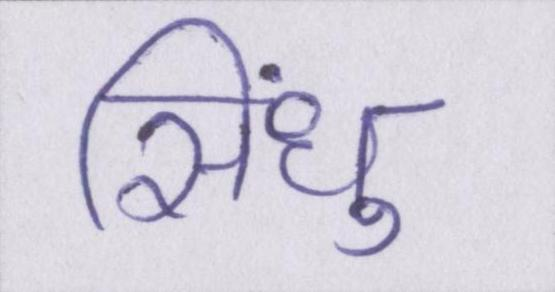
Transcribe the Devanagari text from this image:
सिंधु